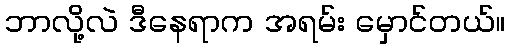
ဘာလို့လဲ ဒီနေရာက အရမ်း မှောင်တယ်။